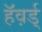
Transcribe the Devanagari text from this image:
हॅव़र्ड्